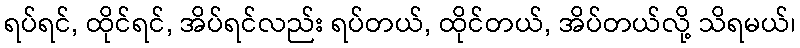
ရပ်ရင်, ထိုင်ရင်, အိပ်ရင်လည်း ရပ်တယ်, ထိုင်တယ်, အိပ်တယ်လို့ သိရမယ်၊